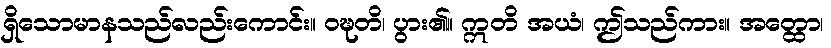
ရှိသောမာနသည်လည်းကောင်း။ ဝဍ္ဎတိ၊ ပွား၏။ ဣတိ အယံ၊ ဤသည်ကား။ အတ္ထော၊